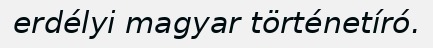
erdélyi magyar történetíró.